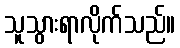
သူသွားရာလိုက်သည်။